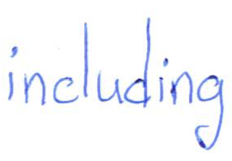
Text: including
Cross-out: clean
Writing tool: ballpoint